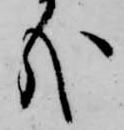
哉